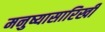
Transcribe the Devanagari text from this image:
मनुष्यासारिखी